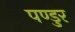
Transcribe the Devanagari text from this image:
पण्डुर